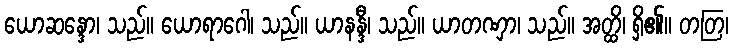
ယောဆန္ဒော၊ သည်။ ယောရာဂေါ၊ သည်။ ယာနန္ဒီ၊ သည်။ ယာတဏှာ၊ သည်။ အတ္ထိ၊ ရှိ၏။ တတြ၊